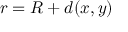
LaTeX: r = R + d ( x , y )